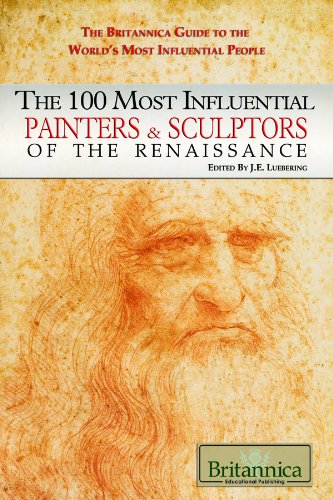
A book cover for The 100 Most Influential Painters & Sculptors of the Renaissance (The Britannica Guide to the World's Most Influential People); Teen & Young Adult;